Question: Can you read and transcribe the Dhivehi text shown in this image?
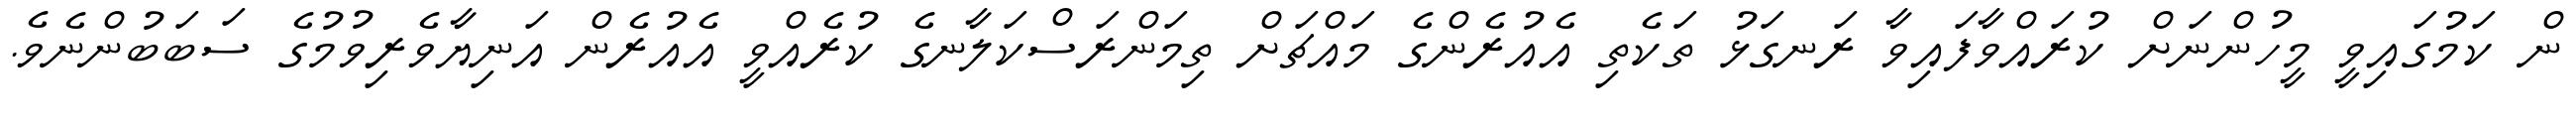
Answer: ން ކަމުގައިވީ މީހުންނަށް ކުރައްވާފައިވާ ރަނގަޅު ތަކެތި އެއުރެންގެ މައްޗަށް ތިމަންރަސްކަލާނގެ ކުރެއްވީ އެއުރެން އަނިޔާވެރިވުމުގެ ސަބަބުންނެވެ.